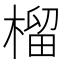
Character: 榴